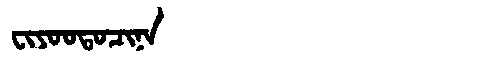
Manchu: ᠸᡳᠶᠣᠣᡨᠣᠴᡳᠨᠠ
Romanization: FIYOOTOCINA